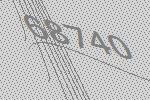
68740